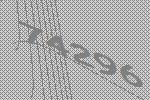
74296